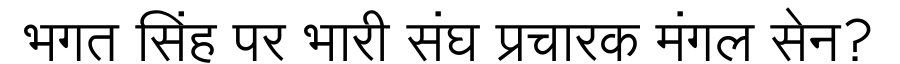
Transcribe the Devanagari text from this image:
भगत सिंह पर भारी संघ प्रचारक मंगल सेन?